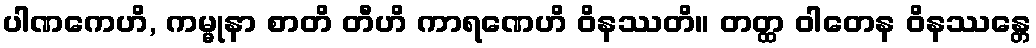
ပါဏကေဟိ, ကမ္မုနာ စာတိ တီဟိ ကာရဏေဟိ ဝိနဿတိ။ တတ္ထ ဝါတေန ဝိနဿန္တေ